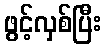
ဖွင့်လှစ်ပြီး